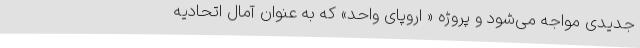
جدیدی مواجه می‌شود و پروژه « اروپای واحد» که به عنوان آمال اتحادیه